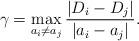
LaTeX: \begin{align*}\gamma = \max_{a_i\ne a_j} \frac { |D_i - D_j|}{|a_i -a_j|}. \end{align*}